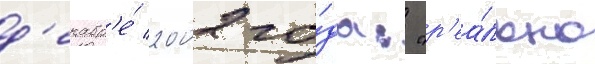
д'екабр'е́ 2002 го́да: "р'еа́льно